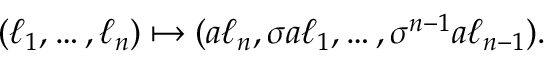
( \ell _ { 1 } , \ldots , \ell _ { n } ) \mapsto ( a \ell _ { n } , \sigma a \ell _ { 1 } , \ldots , \sigma ^ { n - 1 } a \ell _ { n - 1 } ) .